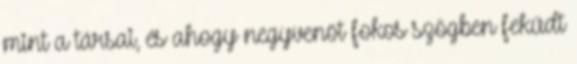
mint a társai, és ahogy negyvenöt fokos szögben feküdt